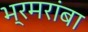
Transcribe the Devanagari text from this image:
भ्रमरांबा